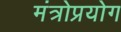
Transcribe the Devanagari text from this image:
मंत्रोप्रयोग